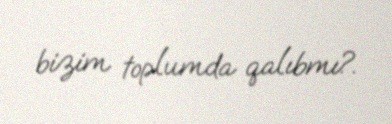
bizim toplumda qalıbmı?.